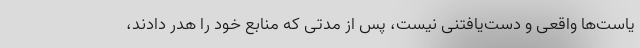
یاست‌ها واقعی و دست‌یافتنی نیست، پس از مدتی که منابع خود را هدر دادند،